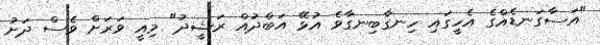
"އަސާގަނޑެއްގެ އެހީގައި ހިނގާބިނގާވެ އުޅޭ އަބްދުއް ރަޝީދު" މިއީ ވަރަށް ވެސް ދަށު